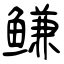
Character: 鳒